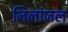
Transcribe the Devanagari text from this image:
निलांजल